Indian journal of veterinary science and animal husbandry - Volumes 24-25, 1954-1955
Year: 1954
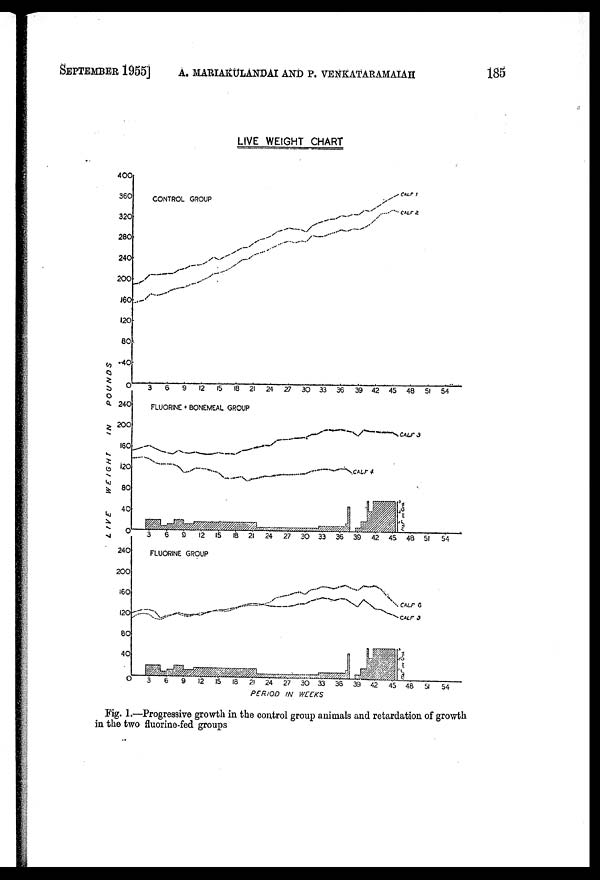
SEPTEMBER 1955]
A. MARIAKULANDAI AND P. VENKATARAMAIAH 185
Fig. 1.—Progressive growth in the control group animals and retardation of growth
in the two fluorine-fed groups